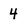
Character: 4